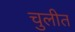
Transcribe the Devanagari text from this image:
चुलीत